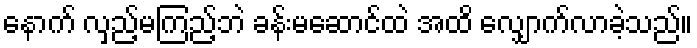
နောက် လှည့်မကြည့်ဘဲ ခန်းမဆောင်ထဲ အထိ လျှောက်လာခဲ့သည်။